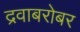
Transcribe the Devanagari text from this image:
द्रवाबरोबर